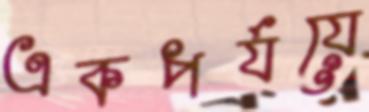
একপর্যয়ে